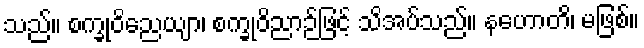
သည်။ စက္ခုဝိညေယျာ၊ စက္ခုဝိညာဉ်ဖြင့် သိအပ်သည်။ နဟောတိ၊ မဖြစ်။